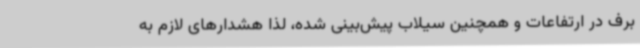
برف در ارتفاعات و همچنین سیلاب پیش‌بینی شده، لذا هشدارهای لازم به